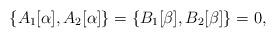
LaTeX: \begin{align*}\{A_1[\alpha ],A_2[\alpha ]\}=\{B_1[\beta ],B_2[\beta ]\}=0,\end{align*}